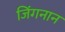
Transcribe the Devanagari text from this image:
जिंगनान